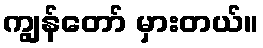
ကျွန်တော် မှားတယ်။